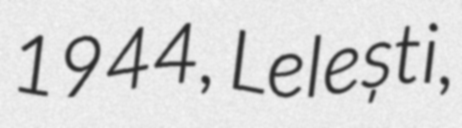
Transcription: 1944, Lelești,